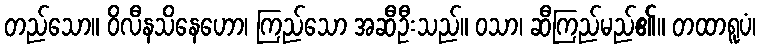
တည်သော။ ဝိလီနသိနေဟော၊ ကြည်သော အဆီဦးသည်။ ဝသာ၊ ဆီကြည်မည်၏။ တထာရူပံ၊